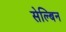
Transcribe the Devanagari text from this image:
सेल्बिन